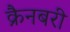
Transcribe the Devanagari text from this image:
क्रैनबरी